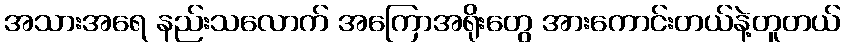
အသားအရေ နည်းသလောက် အကြောအရိုးတွေ အားကောင်းတယ်နဲ့တူတယ်